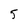
Character: 5